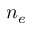
n _ { e }